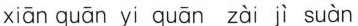
xiān quān yi quān zài jì suàn